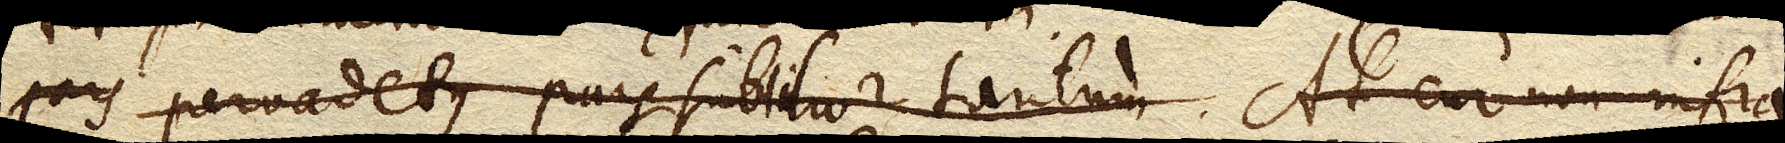
pervadetque pars subtilior tantum At cur non infra